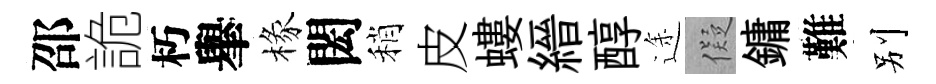
邵詭朽𦦙椽閎稍皮螻縉醇途儗鏞難别